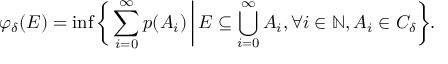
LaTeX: \varphi _ { \delta } ( E ) = \operatorname* { i n f } { \biggl \{ } \sum _ { i = 0 } ^ { \infty } p ( A _ { i } ) \, { \bigg | } \, E \subseteq \bigcup _ { i = 0 } ^ { \infty } A _ { i } , \forall i \in \mathbb { N } , A _ { i } \in C _ { \delta } { \biggr \} } .